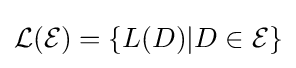
{\mathcal {L}}({\mathcal {E}})=\{L(D)|D\in {\mathcal {E}}\}